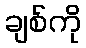
ချစ်ကို